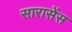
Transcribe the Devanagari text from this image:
सारासेंस